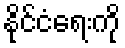
နိုင်ငံရေးကို